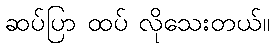
ဆပ်ပြာ ထပ် လိုသေးတယ်။